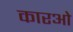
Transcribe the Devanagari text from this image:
कारओ